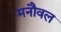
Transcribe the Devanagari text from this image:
मनौवल